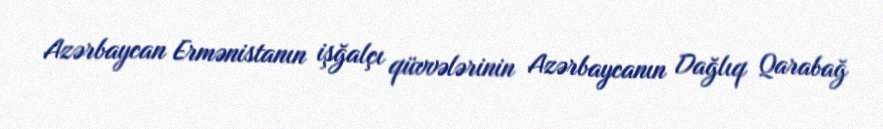
Azərbaycan Ermənistanın işğalçı qüvvələrinin Azərbaycanın Dağlıq Qarabağ